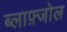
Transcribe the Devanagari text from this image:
ब्लाफ़्जोल